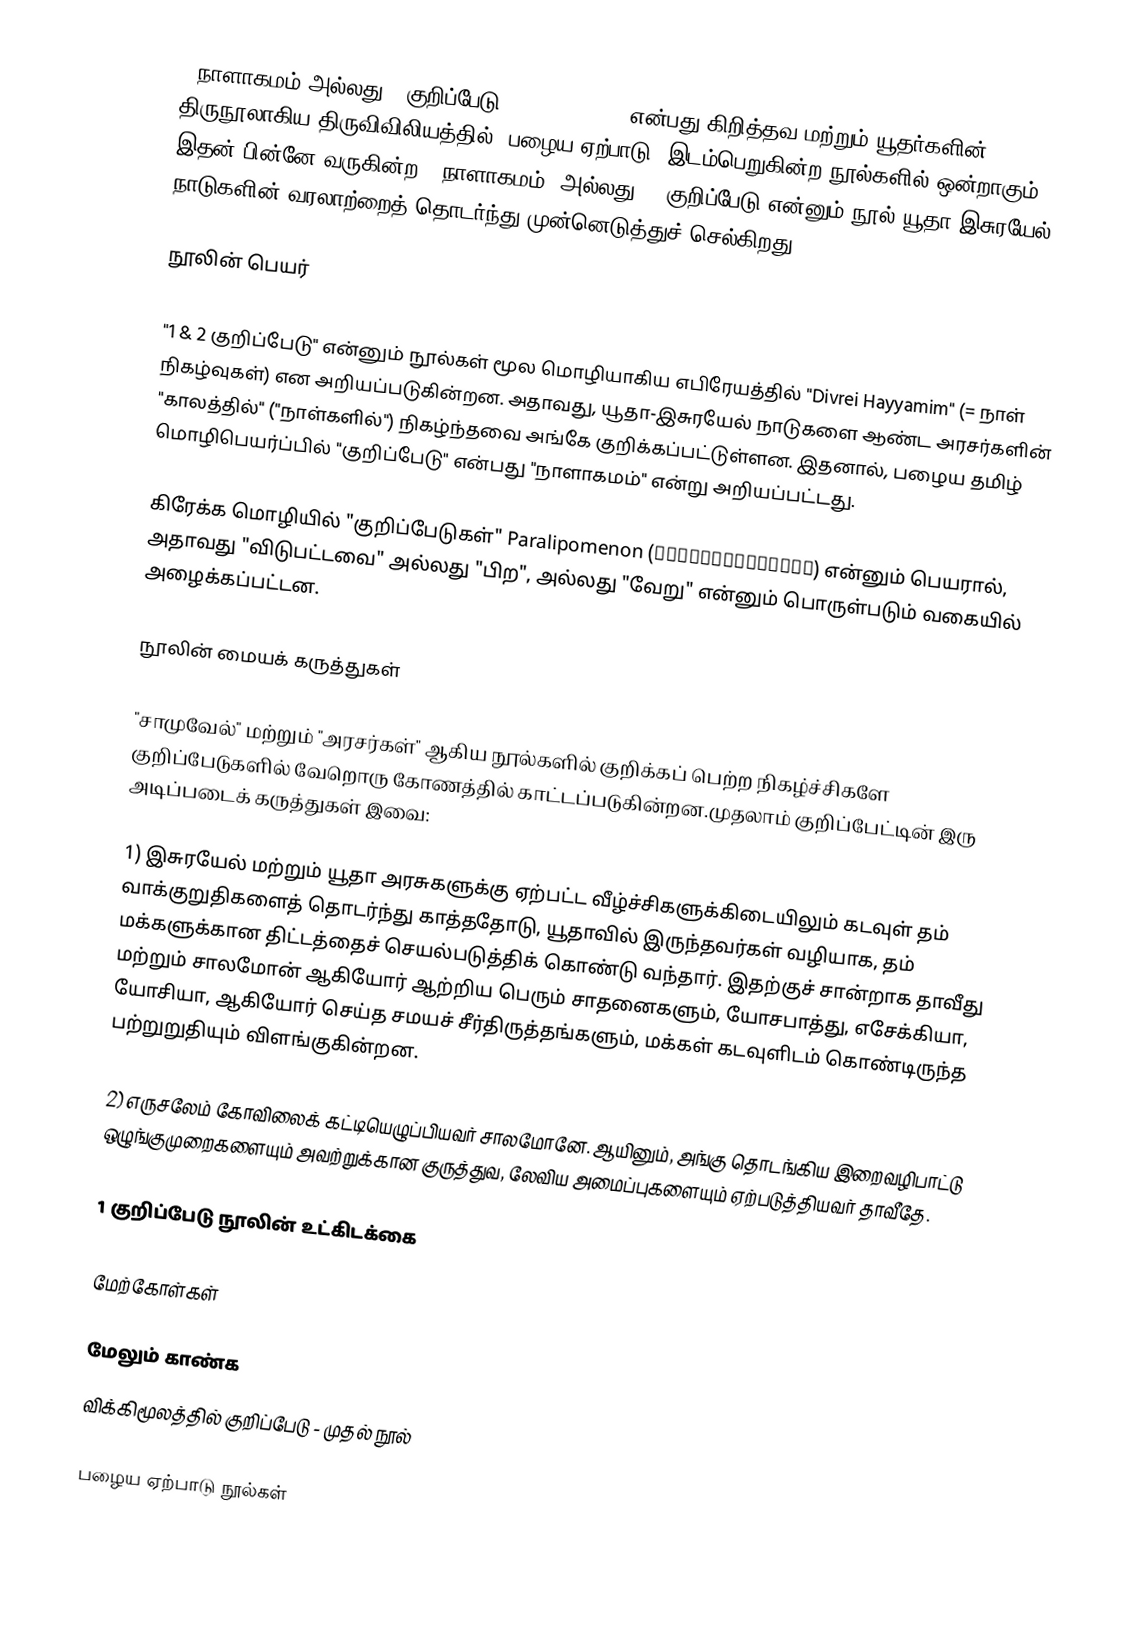
1 நாளாகமம் அல்லது 1 குறிப்பேடு (1 Chronicles) என்பது கிறித்தவ மற்றும் யூதர்களின் திருநூலாகிய திருவிவிலியத்தில் (பழைய ஏற்பாடு) இடம்பெறுகின்ற நூல்களில் ஒன்றாகும். இதன் பின்னே வருகின்ற 2 நாளாகமம் (அல்லது) 2 குறிப்பேடு என்னும் நூல் யூதா-இசுரயேல் நாடுகளின் வரலாற்றைத் தொடர்ந்து முன்னெடுத்துச் செல்கிறது.

நூலின் பெயர்

"1 & 2 குறிப்பேடு" என்னும் நூல்கள் மூல மொழியாகிய எபிரேயத்தில் "Divrei Hayyamim" (= நாள் நிகழ்வுகள்) என அறியப்படுகின்றன. அதாவது, யூதா-இசுரயேல் நாடுகளை ஆண்ட அரசர்களின் "காலத்தில்" ("நாள்களில்") நிகழ்ந்தவை அங்கே குறிக்கப்பட்டுள்ளன. இதனால், பழைய தமிழ் மொழிபெயர்ப்பில் "குறிப்பேடு" என்பது "நாளாகமம்" என்று அறியப்பட்டது.

கிரேக்க மொழியில் "குறிப்பேடுகள்" Paralipomenon (Παραλειπομένων) என்னும் பெயரால், அதாவது "விடுபட்டவை" அல்லது "பிற", அல்லது "வேறு" என்னும் பொருள்படும் வகையில் அழைக்கப்பட்டன.

நூலின் மையக் கருத்துகள்

"சாமுவேல்" மற்றும் "அரசர்கள்" ஆகிய நூல்களில் குறிக்கப் பெற்ற நிகழ்ச்சிகளே குறிப்பேடுகளில் வேறொரு கோணத்தில் காட்டப்படுகின்றன.முதலாம் குறிப்பேட்டின் இரு அடிப்படைக் கருத்துகள் இவை:

1) இசுரயேல் மற்றும் யூதா அரசுகளுக்கு ஏற்பட்ட வீழ்ச்சிகளுக்கிடையிலும் கடவுள் தம் வாக்குறுதிகளைத் தொடர்ந்து காத்ததோடு, யூதாவில் இருந்தவர்கள் வழியாக, தம் மக்களுக்கான திட்டத்தைச் செயல்படுத்திக் கொண்டு வந்தார். இதற்குச் சான்றாக தாவீது மற்றும் சாலமோன் ஆகியோர் ஆற்றிய பெரும் சாதனைகளும், யோசபாத்து, எசேக்கியா, யோசியா, ஆகியோர் செய்த சமயச் சீர்திருத்தங்களும், மக்கள் கடவுளிடம் கொண்டிருந்த பற்றுறுதியும் விளங்குகின்றன.

2) எருசலேம் கோவிலைக் கட்டியெழுப்பியவர் சாலமோனே. ஆயினும், அங்கு தொடங்கிய இறைவழிபாட்டு ஒழுங்குமுறைகளையும் அவற்றுக்கான குருத்துவ, லேவிய அமைப்புகளையும் ஏற்படுத்தியவர் தாவீதே.

1 குறிப்பேடு நூலின் உட்கிடக்கை

மேற்கோள்கள்

மேலும் காண்க
விக்கிமூலத்தில் குறிப்பேடு - முதல் நூல்

பழைய ஏற்பாடு நூல்கள்